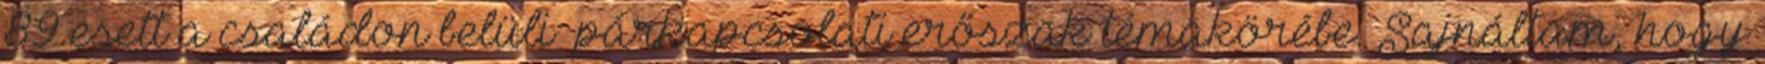
89 esett a családon belüli párkapcsolati erőszak témakörébe. Sajnáltam, hogy